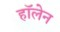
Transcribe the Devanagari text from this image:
हॉलेन